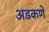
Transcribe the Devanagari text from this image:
अडकणें